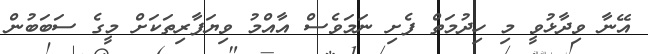
އޭނާ ވިދާޅުވީ މި ހިދުމަތް ފެށި ނަމަވެސް އާއްމު ވިޔަފާރިތަކަށް މީގެ ސަބަބުން